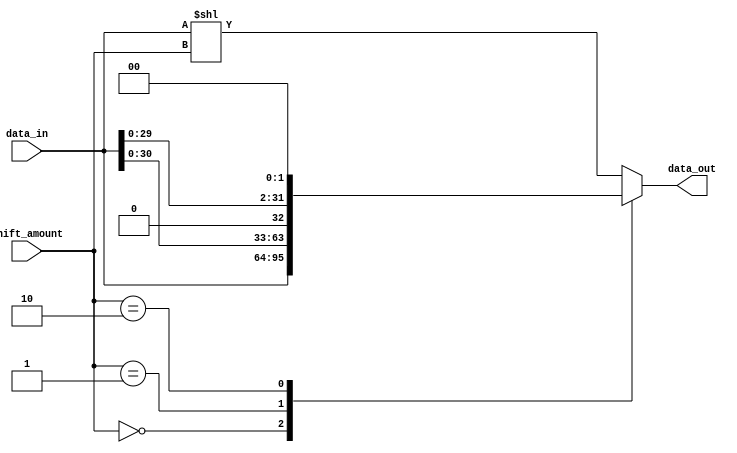
module Sparse_Barrel_Shifter(
    input [31:0] data_in,
    input [4:0] shift_amount,
    output [31:0] data_out
);

reg [31:0] shifted_data;

always @(*) begin
    case(shift_amount)
        5'b00000: shifted_data = data_in; // No shift
        5'b00001: shifted_data = data_in << 1; // Shift left by 1
        5'b00010: shifted_data = data_in << 2; // Shift left by 2
        // Add more cases for different shift amounts as needed
        default: shifted_data = data_in << shift_amount; // Shift left by specified amount
    endcase
end

assign data_out = shifted_data;

endmodule